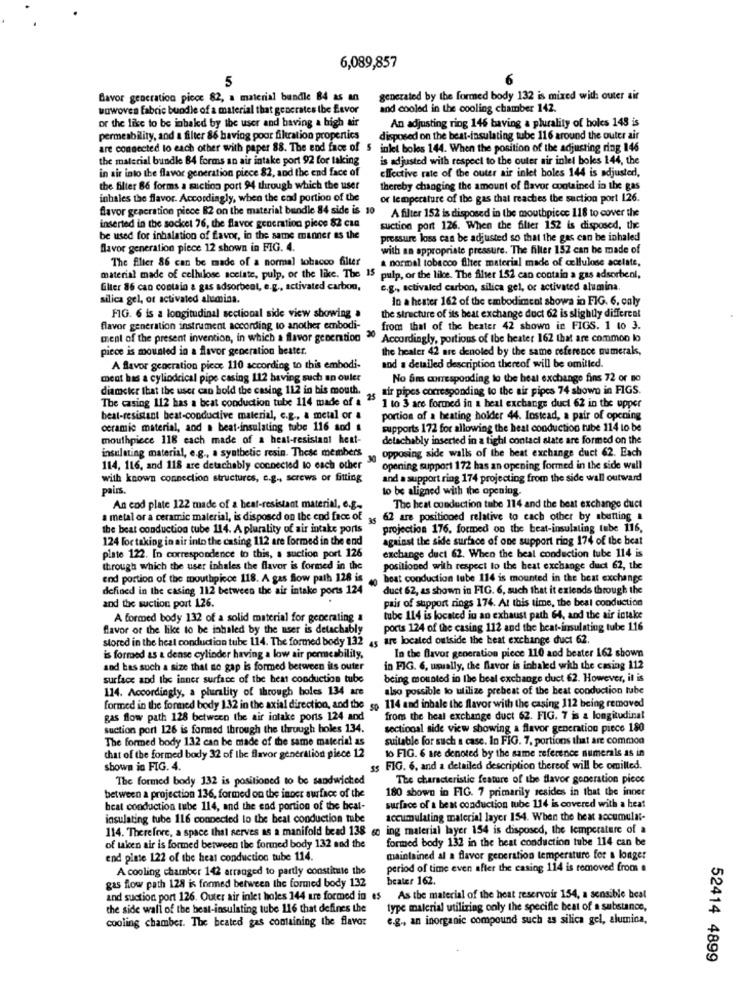
6,089,857
5
Bavor generation piece 82, a material bundle 84 as an
generated by the formed body 132 is mixed with outer air
wowoven fabric bundle of a material that generates the favor
and cooled in the cooling chamber 142.
or the like to be inbaled by the user and having a high air
An adjusting ring 146 baving a plurality of holes 148 is
permeability, and a filter 86 having poor filtration properties
disposed on the best-insulating tube 116 around the outer air
are connected to each other with paper 88. The end face of 5 inlet boles 144. When the position of the adjusting ring 146
the material bundle 84 forms an air intake port 92 for taking
is adjusted with respect to the outer air inlel boles 144, the
in air into the flavor generation piece 82, and the end face of
ellective rate of the outer air inlet boles 144 is adjusted,
the filter 86 forms a suction port 94 through which the user
thereby changing the amount of flavor contained in the gas
inhales the flavor. Accordingly, when the cad portion of the
or temperature of the gas that reaches the suction port 126.
flavor geacration piece 82 on the material bundle 84 side is 10
A filter 152 is disposed in the mouthpiece 118 to cover the
inserted in the socket 76, the flavor generation picos 82 csa
suction port 126. When the filter 152 is disposed, the
be used for inhalation of favor, in the same manner as the
pressure loss can be adjusted so that the gas can be inhaled
flavor generation piece 12 shown in FIG. 4.
with an appropriate pressure. The filter 152 can be made of
The filter 86 can be made of a normal tobacco filter
a normal tobacco filter material made of cellulose acelate,
material made of celhilose acclate, pulp, or the like. The 15 pulp, or the like. The filter 152 can contain a gas adsorbenl,
Elter 86 can contain a gas adsorbent, e.g ., activated carbon,
c.g ., activated carbon, silica gel, or activated alumina.
silica gel, or activated alumina.
In a hester 162 of the embodiment shows in FIG. 6. caly
FIG. 6 is a longitudinal sectional side view showing a
the structure of its beat exchange duct 62 is slightly different
flavor generation instrument according to another embodi-
from that of the beater 42 shown in FIGS. 1 to 3.
ment of the present invention, in which a flavor genention
Accordingly, portions of the heater 162 that are common lo
piece is mounted in a flavor generation heater.
the healer 42 are denoled by the same reference numerals,
A flavor generation piece 110 according to this embodi-
and a detailed description thereof will be omilled.
ment has a cylindrical pipe casing 112 having such an ouler
No Sms corresponding to the heat exchange fins 72 or no
diameter that the user can hold the casing 112 in bis mouth.
wir pipes corresponding to the air pipes 74 shown in FIGS.
The casing 112 has a beat conduction tube 114 made of a 25
1 to 3 are formed in a heal exchange duct 62 in the upper
beat-resistant beat-conductive material, c.g ., a metal or a
portion of a beating holder 44. Instead, a pair of opening
ceramic material, and . beat-insulating tube 116 sod &
supports 172 for allowing the heat conduction tube 114 to be
mouthpiece 118 each made of a heat-resistant heat-
delachably inserted in a fight contaci slate are formed on the
insulating material, e.g ., a synthetic resin. These members
opposing side walls of the beat exchange duct 62. Each
114, 116, and 118 are detachably connected to each other
opening support 172 has an opening formed in the side wall
with known connection structures, e.g ., screws or fitting
and a support ring 174 projecting from the side wall outward
pairs
to be aligned with the opening.
An cod plate 122 made of a heat-resistant material, e.g.
The heat conduction tube 114 and the beat exchange duct
a metal or a ceramic material, is disposed on the end face of as 62 are positioned relative to each other by abetting a
the beat conduction tube 114. A plurality of air intake ports
projection 176. formed on the beat-insulating tube 116,
124 for taking in air into the casing 112 are formed in the end
against the side surface of one support ring 174 of the beat
plate 122. In correspondence to this, a suction port 126
exchange duct 62. When the beal conduction tube 114 is
through which the user inhales the flavor is formed in the
positioned with respect to the heat exchange duct 62, the
end portion of the mouthpiece 118. A gas flow path 128 is
beat conduction lube 114 is mounted in the beat exchange
defined in the casing 112 between the air intake ports 124
duct 62, as shown in FIG. 6, such that it extends through the
and the suction port 126.
pais of support rings 174. At this time, the beat conduction
A formed body 132 of a solid material for generating a
tube 114 is located in an exhaust path 64, and the air intake
flavor of the like to be inhaled by the user is detachably
ports 124 of the casing 112 and the heat-insulating tube 116
stored in the heat conduction tube 114. The formed body 132 45 are located outside the beat exchange duct 62.
is formed as a dense cylinder having a low air permeability,
In the flavor generation piece 110 and beater 162 shown
and has such a size that no gap is formed between its outer
in FIG. 6, usually, the flavor is inbaled with the casing 112
surface and the inner surface of the heat conduction tube
being mounted in the beat exchange duct 62. However, il is
114. Accordingly, a plurality of through boles 134 are
also possible to utilize prebeat of the beat conduction tube
formed in the formed body 132 in the axial direction, and the sp 114 and inbale the flavor with the casing 112 being removed
gas flow path 128 between the air intake ports 124 and
from the beal exchange duct 62. FIG. 7 is a longitudinal
suction port 126 is formed through the through holes 134.
sectional side view showing a flavor generation piece 180
The formed body 132 can be made of the same material as
suitable for such a case. In FIG. 7. portions that are common
to FIG. 6 are denoted by the same reference numerals as in
that of the formed body 32 of the flavor generation piece 12
shown in FIG. 4.
ss FIG. 6, and a detailed description thereof will be omilled.
The formed body 132 is positioned to be sandwiched
The characteristic feature of the flavor generation picos
180 shown in FIG. 7 primarily resides in that the inner
between a projection 136, formed on the inner surface of the
bcat conduction tube 114, and the end portion of the beat-
surface of a beat conduction tube 114 is covered with a heat
insulating tube 116 connected to the beat conduction tube
accumulating material layer 154. When the beat accumulat-
114. Therefore, a space that serves as a manifold bead 138 6e ing material layer 154 is disposed, the temperature of a
formed body 132 in the heat conduction tube 114 can be
of taken air is formed between the formed body 132 and the
end plate 122 of the heat conduction tube 114.
maintained al a flavor generation temperature for a longer
A cooling chamber 142 arranged to partly constitute the
period of time even after the casing 114 is removed from a
beater 162.
gas flow path 128 is formed between the formed body 132
and suction port 126. Outer air inlet holes 144 are formed in es As the material of the heat reservoir 154, a sensible beat
the side wall of the best-insulating tube 116 that defines the
type malerial utilizing only the specific beat of a substance,
cooling chamber. The beated gas containing the flavor
e.g ., an inorganic compound such as silica gel, alumina,
52414 4899